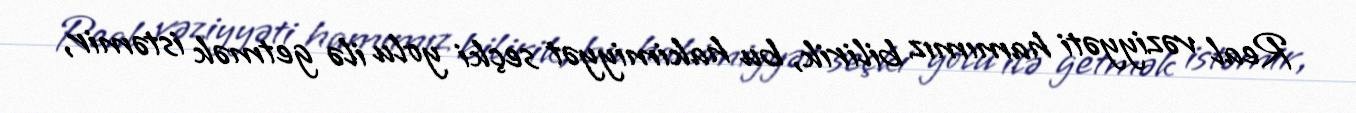
Real vəziyyəti hamımız bilirik, bu hakimiyyət seçki yolu ilə getmək istəmir,